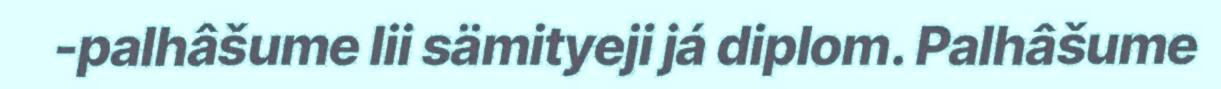
-palhâšume lii sämityeji já diplom. Palhâšume